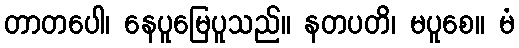
တာတပေါ၊ နေပူမြေပူသည်။ နတပတိ၊ မပူစေ။ မံ